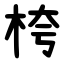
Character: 桍